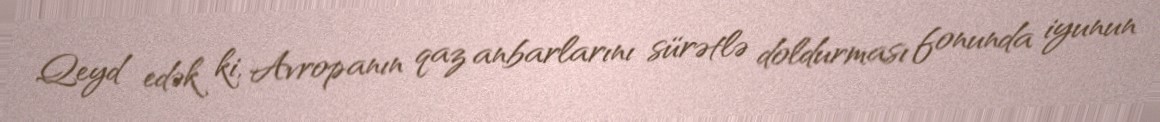
Qeyd edək ki, Avropanın qaz anbarlarını sürətlə doldurması fonunda iyunun